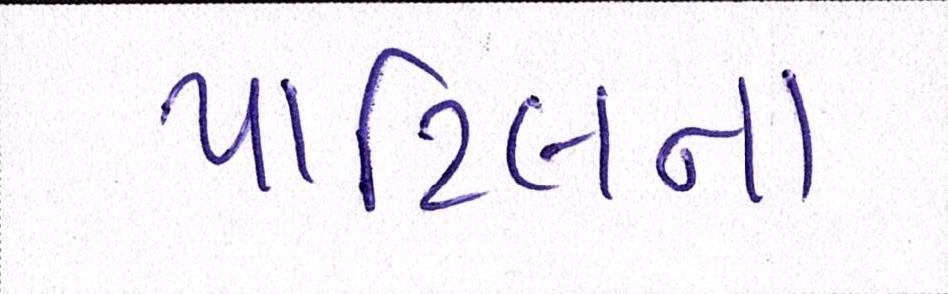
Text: પાટિલના